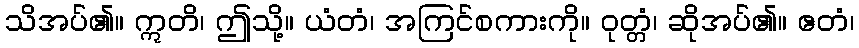
သိအပ်၏။ ဣတိ၊ ဤသို့။ ယံတံ၊ အကြင်စကားကို။ ဝုတ္တံ၊ ဆိုအပ်၏။ ဧတံ၊